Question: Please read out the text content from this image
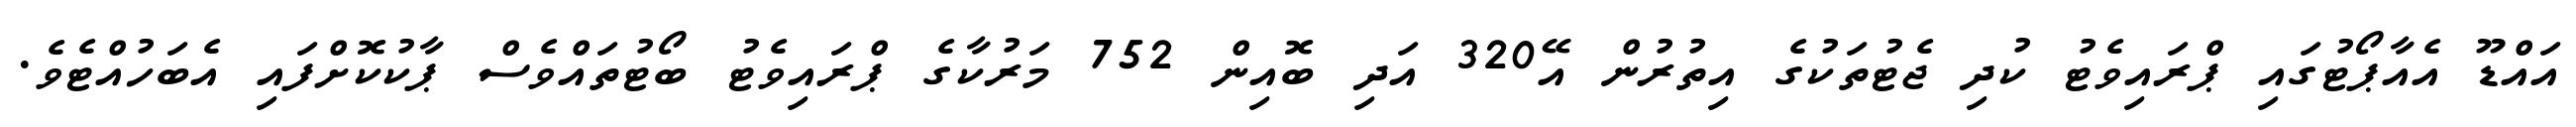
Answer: އައްޑޫ އެއާޕޯޓުގައި ޕްރައިވެޓު ކުދި ޖެޓުތަކުގެ އިތުރުން އޭ320 އަދި ބޮއިން 752 މަރުކާގެ ޕްރައިވެޓު ބޯޓުތައްވެސް ޕާކުކޮށްފައި އެބަހުއްޓެވެ.